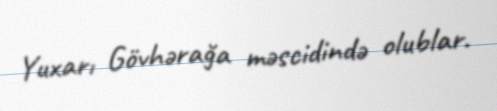
Yuxarı Gövhərağa məscidində olublar.